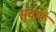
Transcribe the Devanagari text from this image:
सुचारूं